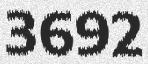
3692